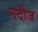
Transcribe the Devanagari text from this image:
नदीज